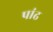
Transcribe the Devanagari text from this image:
पांढ